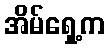
အိမ်ရှေ့က